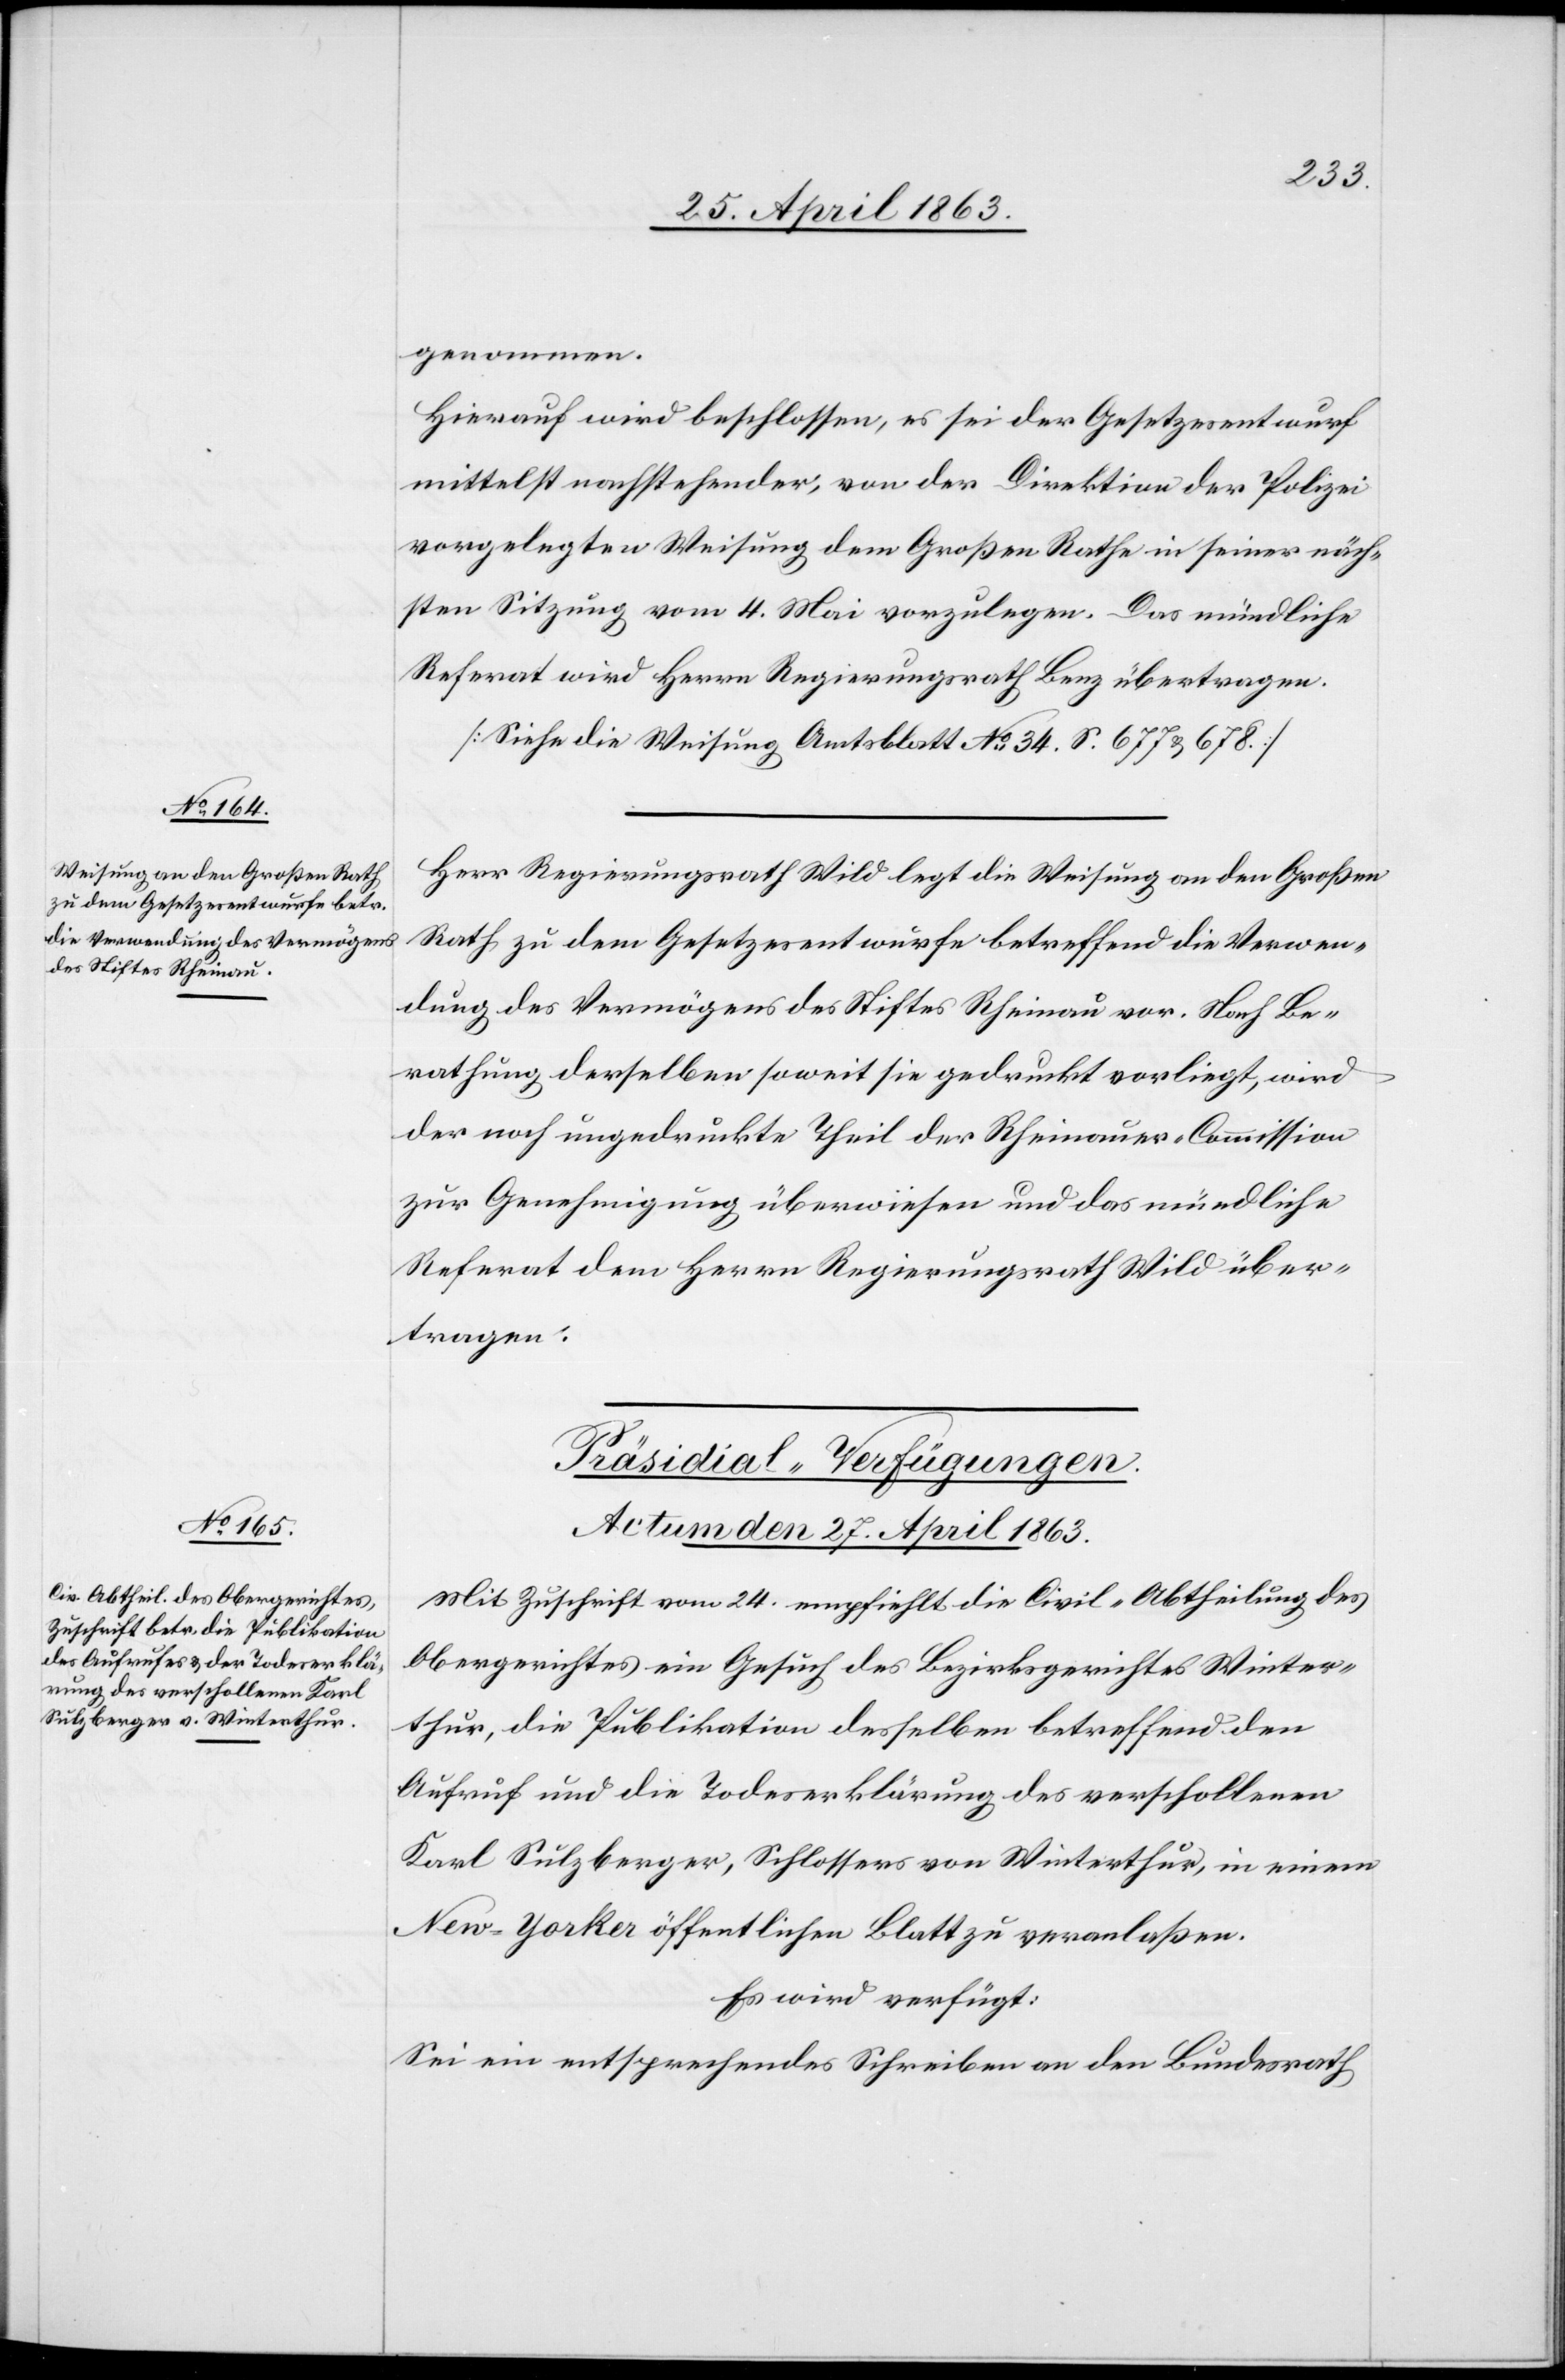
genommen.
Hierauf wird beschlossen, es sei der Gesetzesentwurf
mittelst nachstehender, von der Direktion der Polizei
vorgelegten Weisung dem Großen Rathe in seiner näch¬
sten Sitzung vom 4. Mai vorzulegen. Das mündliche
Referat wird Herrn Regierungsrath Benz übertragen.
[Siehe die Weisung Amtsblatt No 34. S. 677 & 678.]
Herr Regierungsrath Wild legt die Weisung an den Großen
Rath zu dem Gesetzesentwurfe betreffend die Verwen¬
dung des Vermögens des Stiftes Rheinau vor. Nach Be¬
rathung derselben soweit sie gedruckt vorliegt, wird
der noch ungedruckte Theil der Rheinauer-Commission
zur Genehmigung überwiesen und das mündliche
Referat dem Herrn Regierungsrath Wild über¬
tragen.
Präsidial-Verfügungen.
Actum den 27. April 1863.
Mit Zuschrift vom 24. empfiehlt die Civil-Abtheilung des
Obergerichtes ein Gesuch des Bezirksgerichtes Winter¬
thur, die Publikation desselben betreffend den
Aufruf und die Todeserklärung des verschollenen
Karl Sulzberger, Schlossers von Winterthur, in einem
New-Yorker öffentlichen Blatt zu veranlaßen.
Es wird verfügt:
Sei ein entsprechendes Schreiben an den Bundesrath